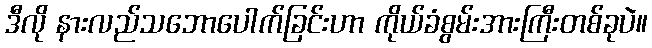
ဒီလို နားလည်သဘောပေါက်ခြင်းဟာ ကိုယ်ခံစွမ်းအားကြီးတစ်ခုပဲ။